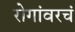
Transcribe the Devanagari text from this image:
रोगांवरचं